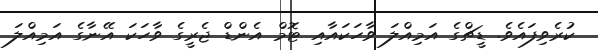
ކުރެވިފައެވެ. ޑީޗްގެ އަމިއްލަ ވާހަކައާއި ޓޮމް އެންޑް ޖެރީގެ ވާހަކަ އޭނާގެ އަމިއްލަ